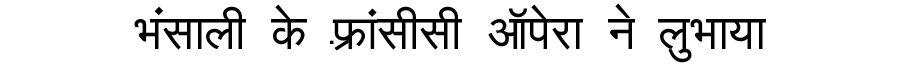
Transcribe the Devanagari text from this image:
भंसाली के फ़्रांसीसी ऑपेरा ने लुभाया